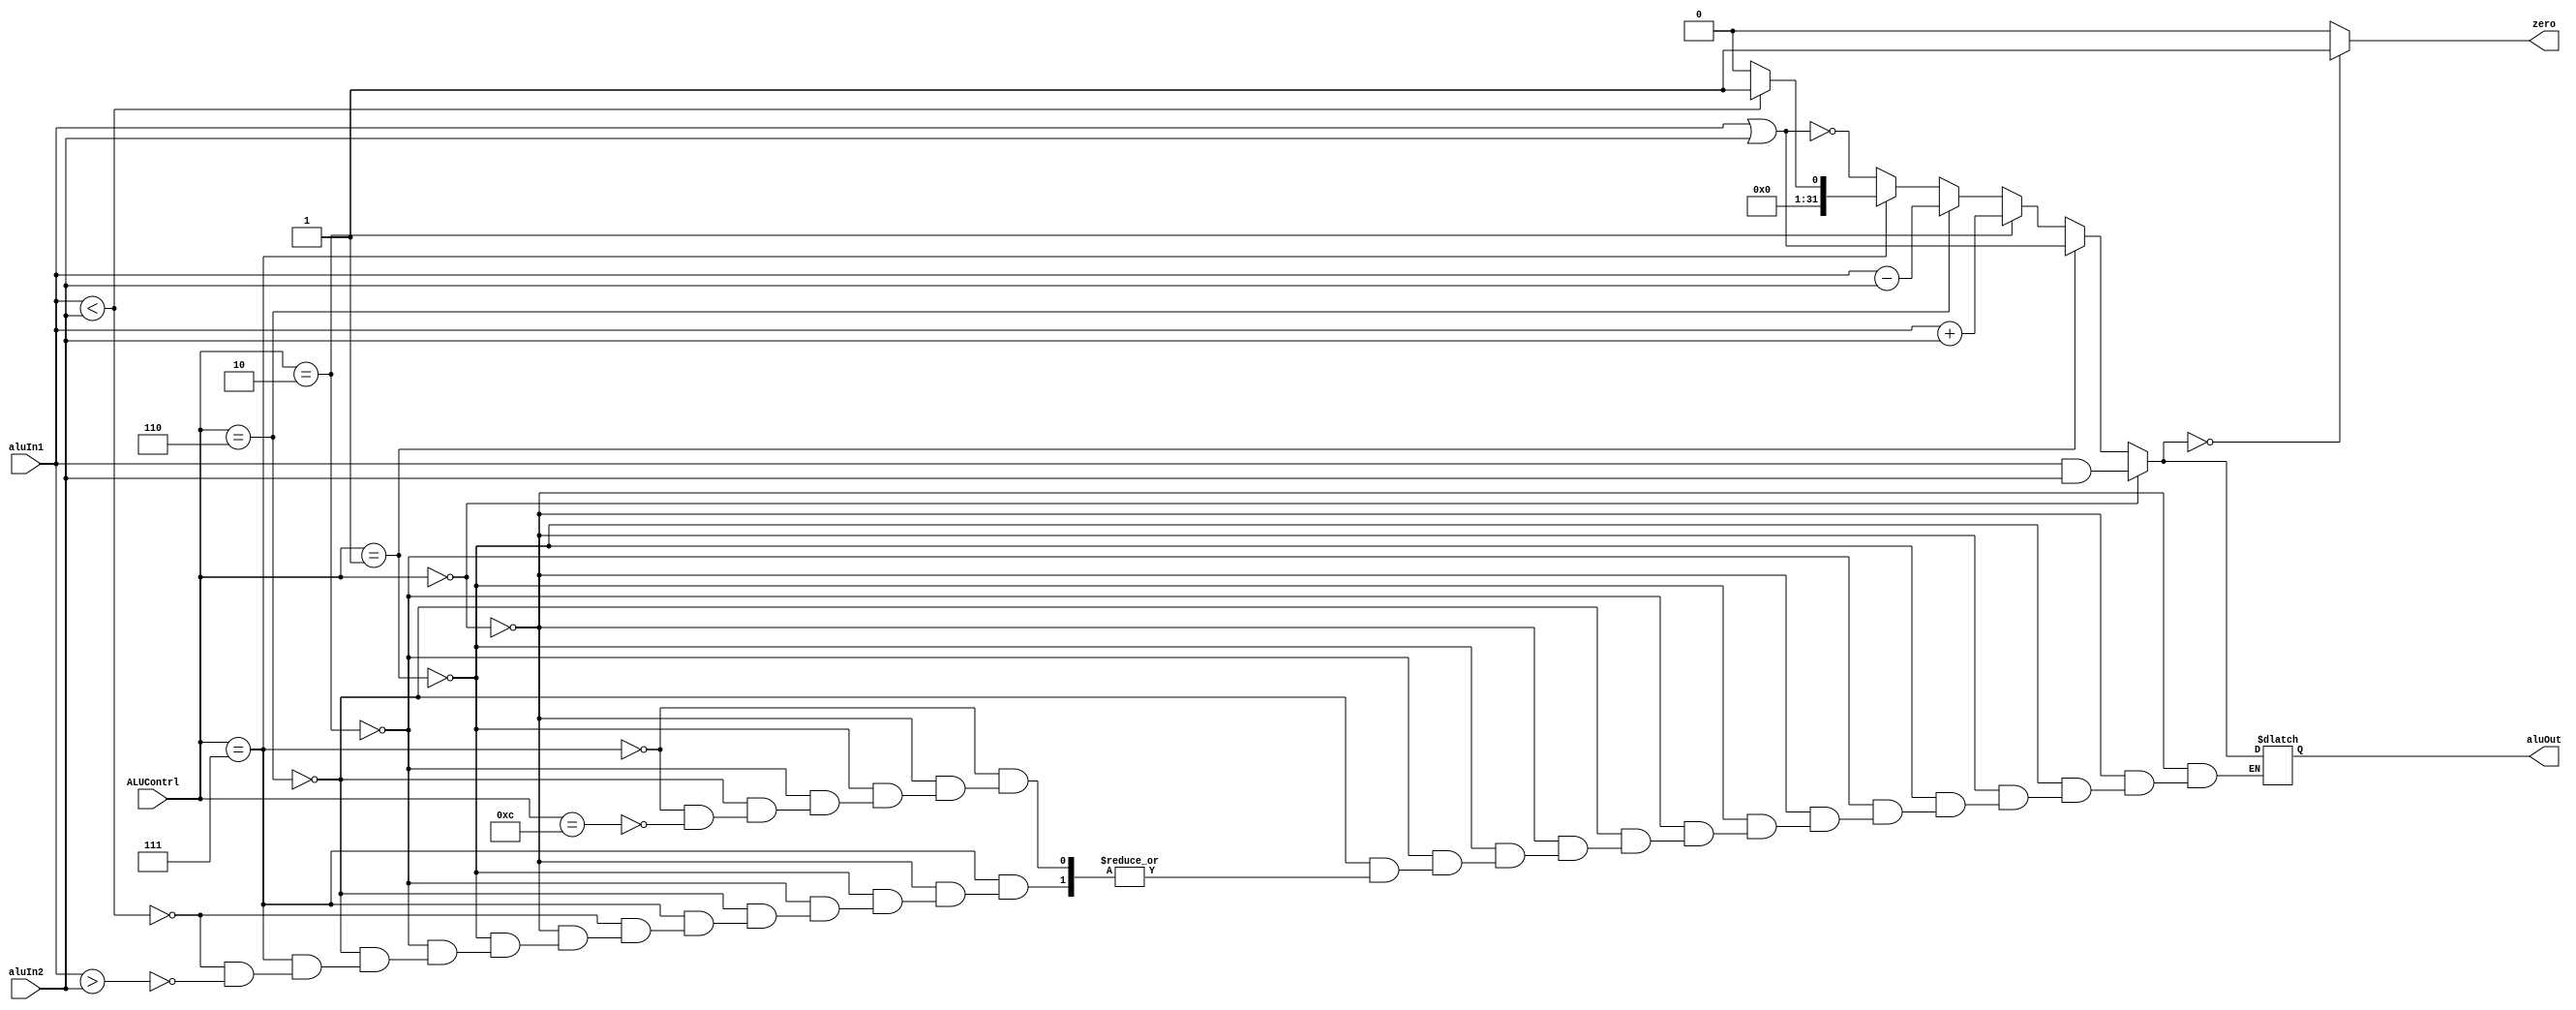
module alu(input [31:0] aluIn1, input [31:0] aluIn2,input [3:0]ALUContrl, output reg [31:0]aluOut, output reg zero);
//WRITE CODE HERE
always @ (aluIn1, aluIn2, ALUContrl)
begin
  if (ALUContrl==4'b0000) 
    aluOut = aluIn1 & aluIn2;
  else if (ALUContrl==4'b0001) 
    aluOut = aluIn1 | aluIn2;
  else if (ALUContrl==4'b0010) 
    aluOut = aluIn1 + aluIn2;
  else if (ALUContrl==4'b0110) 
    aluOut = aluIn1 - aluIn2;
  else if (ALUContrl==4'b0111) 
  begin
    if (aluIn1 < aluIn2)
      aluOut=32'd1;
    else if(aluIn1 > aluIn2)
      aluOut=32'd0;
  end
  else if (ALUContrl==4'b1100) 
    aluOut = ~(aluIn1 | aluIn2);

  if(aluOut==32'b0)
    zero=1'b1;
  else
    zero=1'b0;

end
endmodule

// follow the table given in question pdf
module aluCtrl(input [1:0] aluOp, input [5:0] func,output reg [3:0] ALUContrl);
//WRITE CODE HERE
always @ (aluOp, func)
begin
  if(aluOp==2'b00)
    ALUContrl=4'b0010;
  else if (aluOp[0]==1'b1)
      ALUContrl=4'b0110;
  else
    begin
      if(func[3:0] == 4'b0000)
        ALUContrl=4'b0010;
      else if(func[3:0] == 4'b0010)
        ALUContrl=4'b0110;
      else if(func[3:0] == 4'b0100)
        ALUContrl=4'b0000;
      else if(func[3:0] == 4'b0101)
        ALUContrl=4'b0001;
      else if(func[3:0] == 4'b1010)
        ALUContrl=4'b0111;
    end
end
endmodule